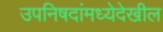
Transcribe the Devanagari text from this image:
उपनिषदांमध्येदेखील